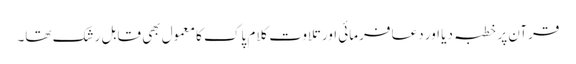
قرآن پر خطبہ دیا اور دعا فرمائی اور تلاوتِ کلام پاک کا معمول بھی قابلِ رشک تھا۔